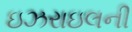
ઇઝરાઇલની